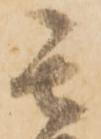
其